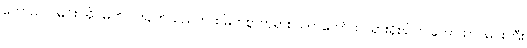
ကောသလမင်း အိပ်မက် ၁၆ချက်သည်ကား မြတ်စွာဘုရား သက်တော်ထင်ရှားရှိစဉ်က ကောသလမင်းကြီး